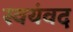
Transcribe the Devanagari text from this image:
स्वयंवद